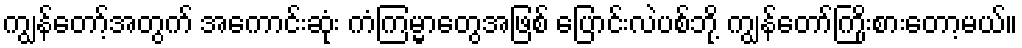
ကျွန်တော့်အတွက် အကောင်းဆုံး ကံကြမ္မာတွေအဖြစ် ပြောင်းလဲပစ်ဘို့ ကျွန်တော်ကြိုးစားတော့မယ်။